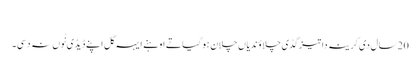
‏
20 سال دی کرینہ دا تیز گڈی چلاؤندیاں چلا‌ن ہو گیا تے اوہنے ایہہ گل اپنے ڈیڈی نُوں نہ دسی۔